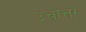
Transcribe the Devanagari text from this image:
उत्त्रोत्तर